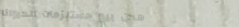
محل بيع مستلزمات الحيوانا